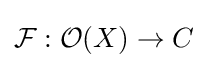
{\mathcal {F}}:{\mathcal {O}}(X)\rightarrow C